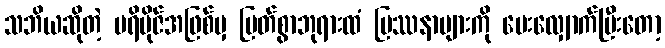
သဘိယဆိုတဲ့ ပရိဗိုဇ်အဖြစ်မှ မြတ်စွာဘုရားထံ ပြဿနာများကို မေးလျှောက်ပြီးတော့